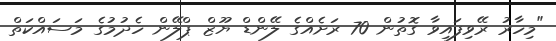
"މިހާރު ރޭވިފައިވާ ގޮތުން 70 ރަށެއްގެ ލޭންޑް ޔޫޒް ޕްލޭން ހެދުމުގެ މަސައްކަތް